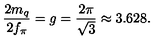
\frac { 2 m _ { q } } { 2 f _ { \pi } } = g = \frac { 2 \pi } { \sqrt { 3 } } \approx 3 . 6 2 8 .